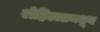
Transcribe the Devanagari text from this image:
रोहिल्लामधून